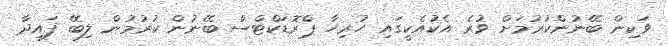
ވަކިން ބޭނުންކުރުމަށް ވުރެ އެކުއެކީގައި ހުރިހާ ޕްރޮޑަކްޓްސް ބޭނުން ކުރުމުން ލިބޭ ފައިދާ